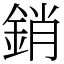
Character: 銷